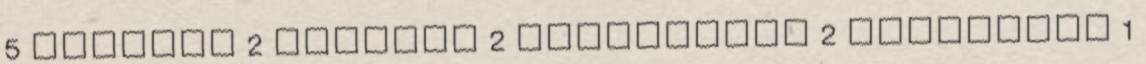
5 február 2 október 2 szeptember 2 augusztus 1